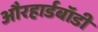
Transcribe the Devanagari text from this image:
औरहार्डबॉडी